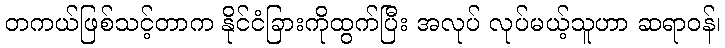
တကယ်ဖြစ်သင့်တာက နိုင်ငံခြားကိုထွက်ပြီး အလုပ် လုပ်မယ့်သူဟာ ဆရာဝန်၊